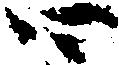
四